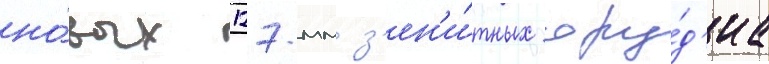
но́вых 127-мм з'ен'и́тных ору́д'иа